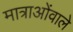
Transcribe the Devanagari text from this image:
मात्राओंवाले